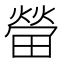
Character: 㽦